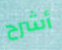
أشرح